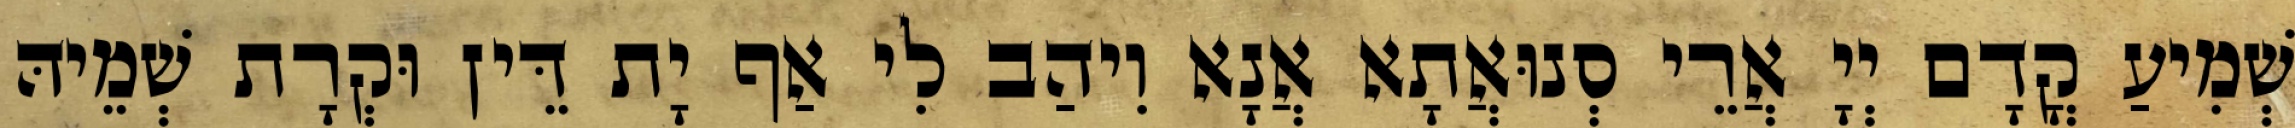
שְׁמִיעַ קֳדָם יְיָ אֲרֵי סְנוּאֲתָא אֲנָא וִיהַב לִי אַף יָת דֵּין וּקְרָת שְׁמֵיהּ